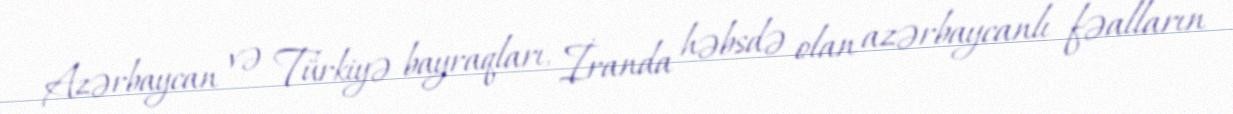
Azərbaycan və Türkiyə bayraqları, İranda həbsdə olan azərbaycanlı fəalların